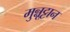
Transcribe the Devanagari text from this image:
मुन्नूट्टान